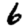
Digit: 6